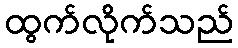
ထွက်လိုက်သည်